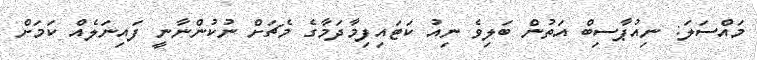
މައްސަލަ: ނިއުޕާސިބް އަތުން ބަލިވެ ނިއު ކަޓައިފިމާދަމާގެ މެޗަށް ނުކުންނާނީ ފައިނަލެއް ކަމަށް